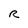
Character: R